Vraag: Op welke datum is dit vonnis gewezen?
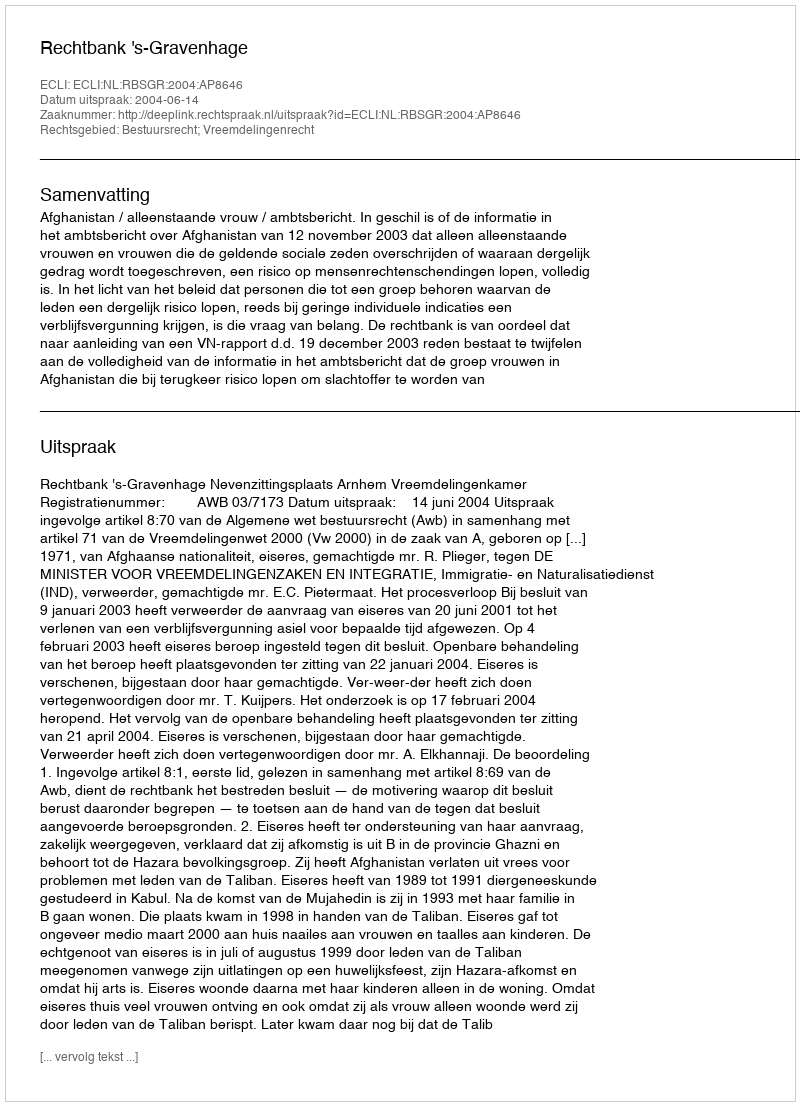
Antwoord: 2004-06-14